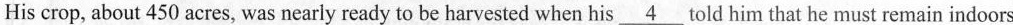
His crop, about 450 acres, was nearly ready to be harvested when his \underline{4}told him that he must remain indoors